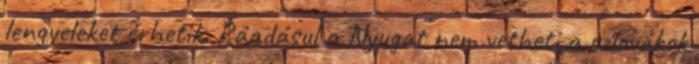
lengyeleket érhetik. Ráadásul a Nyugat nem vetheti a szlovákok